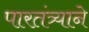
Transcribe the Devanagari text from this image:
पारतंत्र्याने